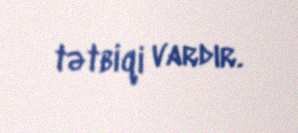
tətbiqi vardır.